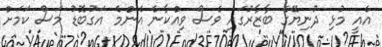
އެއީ މުޅި ދުނިޔޭގެ ބާޒާރުގައި ވެސް ވިއްކާނެ އެންމެ އަގުބޮޑު މަސް ކަމަށް